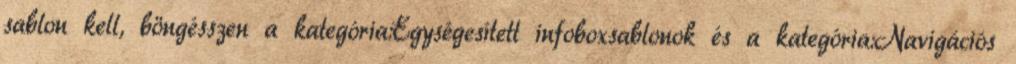
sablon kell, böngésszen a kategória:Egységesített infoboxsablonok és a kategória:Navigációs